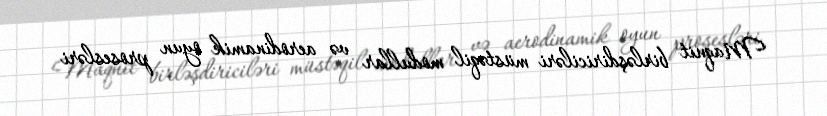
Maqnit birləşdiriciləri müstəqil modullar və aerodinamik oyun prosesləri